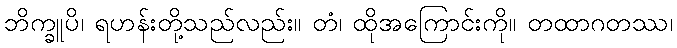
ဘိက္ခူပိ၊ ရဟန်းတို့သည်လည်း။ တံ၊ ထိုအကြောင်းကို။ တထာဂတဿ၊